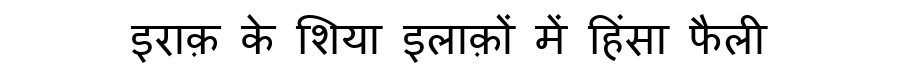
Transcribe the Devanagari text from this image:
इराक़ के शिया इलाक़ों में हिंसा फैली